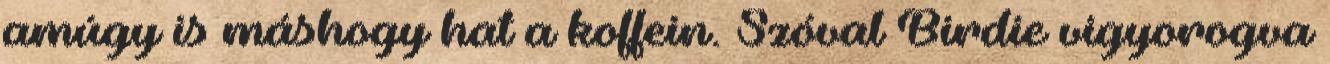
amúgy is máshogy hat a koffein. Szóval Birdie vigyorogva